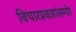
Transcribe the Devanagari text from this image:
विचारप्रवाहांसमोर